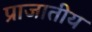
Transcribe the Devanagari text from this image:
प्राजातीय